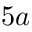
5 a